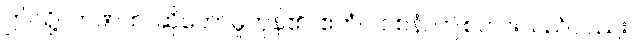
ဤသို့။ ဘဏထ၊ ဆိုတော်မူကုန်၏။ ဧတံပိ ဝစနံ၊ ဤစကားသည်လည်း။